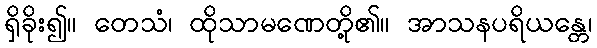
ရှိခိုး၍။ တေသံ၊ ထိုသာမဏေတို့၏။ အာသနပရိယန္တေ၊